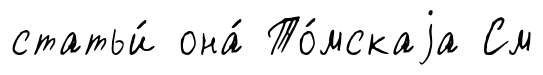
статьи́ она́ То́мскаjа См